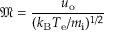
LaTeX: { \mathfrak { M } } = { \frac { u _ { \mathrm { o } } } { ( k _ { \mathrm { B } } T _ { \mathrm { e } } / m _ { \mathrm { i } } ) ^ { 1 / 2 } } }